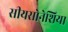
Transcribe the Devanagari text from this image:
सीयसोनेशिया